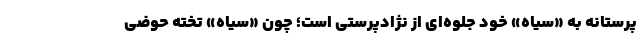
پرستانه به «سیاه» خود جلوه‌ای از نژادپرستی است؛ چون «سیاه» تخته حوضی